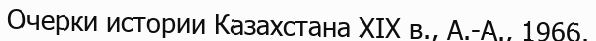
Очерки истории Казахстана ХІХ в., А.-А., 1966.